Report of the Indian Hemp Drugs Commission, 1894-1895 - Volume V
Year: 1894
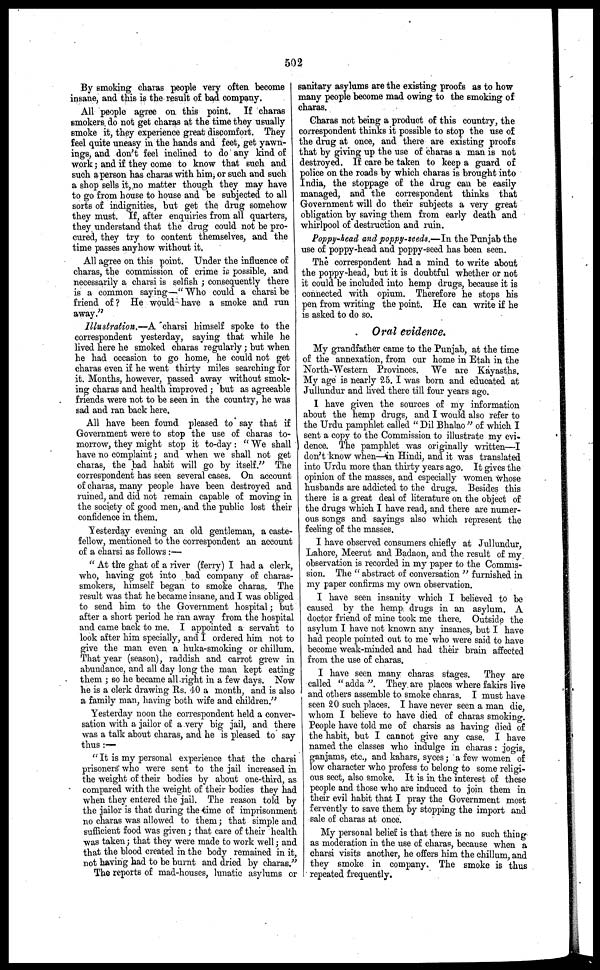
502
By smoking charas people very often become
insane, and this is the result of bad company.
All people agree on this point. If charas
smokers, do not get charas at the time they usually
smoke it, they experience great discomfort. They
feel quite uneasy in the hands and feet, get yawn-
ings, and don't feel inclined to do any kind of
work; and if they come to know that such and
such a person has charas with him, or such and such
a shop sells it, no matter though they may have
to go from house to house and be subjected to all
sorts of indignities, but get the drug somehow
they must. If, after enquiries from all quarters,
they understand that the drag could not be pro-
cured, they try to content themselves, and the
time passes anyhow without it.
All agree on this point. Under the influence of
charas, the commission of crime is possible, and
necessarily a charsi is selfish ; consequently there
is a common saying—"Who could a charsi be
friend of? He would have a smoke and run
away."
Illustration.—A charsi himself spoke to the
correspondent yesterday, saying that while he
lived here he smoked charas regularly; but when
he had occasion to go home, he could not get
charas even if he went thirty miles searching for
it. Months, however, passed away without smok-
ing charas and health improved ; but as agreeable
friends were not to be seen in the country, he was
sad and ran back here.
All have been found pleased to say that if
Government were to stop the use of charas to-
morrow, they might stop it to-day : " We shall
have no complaint; and when we shall not get
charas, the bad habit will go by itself." The
correspondent has seen several cases. On account
of charas, many people have been destroyed and
ruined, and did not remain capable of moving in
the society of good men, and the public lost their
confidence in them.
Yesterday evening an old gentleman, a caste-
fellow, mentioned to the correspondent an account
of a charsi as follows :—
" At the ghat of a river (ferry) I had a clerk,
who, having got into bad company of charas-
smokers, himself began to smoke charas. The
result was that he became insane, and I was obliged
to send him to the Government hospital; but
after a short period he ran away from the hospital
and came back to me. I appointed a servant to
look after him specially, and I ordered him not to
give the man even a huka-smoking or chillum.
That year (season), raddish and carrot grew in
abundance, and all day long the man kept eating
them ; so he became all-right in a few days. Now
he is a clerk drawing Rs. 40 a month, and is also
a family man, having both wife and children."
Yesterday noon the correspondent held a conver-
sation with a jailor of a very big jail, and there
was a talk about charas, and he is pleased to say
thus:—
" It is my personal experience that the charsi
prisoners who were sent to the jail increased in
the weight of their bodies by about one-third, as
compared with the weight of their bodies they had
when they entered the jail. The reason told by
the jailor is that during the time of imprisonment
no charas was allowed to them; that simple and
sufficient food was given ; that care of their health
was taken; that they were made to work well; and
that the blood created in the body remained in it,
not having had to be burnt and dried by charas."
The reports of mad-houses, lunatic asylums or
sanitary asylums are the existing proofs as to how
many people become mad owing to the smoking of
charas.
Charas not being a product of this country, the
correspondent thinks it possible to stop the use of
the drug at once, and there are existing proofs
that by giving up the use of charas a man is not
destroyed. If care be taken to keep a guard of
police on the roads by which charas is brought into
India, the stoppage of the drug can be easily
managed, and the correspondent thinks that
Government will do their subjects a very great
obligation by saving them from early death and
whirlpool of destruction and ruin.
Poppy-head and poppy-seeds.—In the Punjab the
use of poppy-head and poppy-seed has been seen.
The correspondent had a mind to write about
the poppy-head, but it is doubtful whether or not
it could be included into hemp drugs, because it is
connected with opium. Therefore he stops his
pen from writing the point. He can write if he
is asked to do so.
Oral evidence.
My grandfather came to the Punjab, at the time
of the annexation, from our home in Etah in the
North-Western Provinces. We are Kayasths.
My age is nearly 25. I was born and educated at
Jullundur and lived there till four years ago.
I have given the sources of my information
about the hemp drugs, and I would also refer to
the Urdu pamphlet called " Dil Bhalao " of which I
sent a copy to the Commission to illustrate my evi-
dence. The pamphlet was originally written—I
don't know when—in Hindi, and it was translated
into Urdu more than thirty years ago. It gives the
opinion of the masses, and especially women whose
husbands are addicted to the drugs. Besides this
there is a great deal of literature on the object of
the drugs which I have read, and there are numer-
ous songs and sayings also which represent the
feeling of the masses.
I have observed consumers chiefly at Jullundur,
Lahore, Meerut and Badaon, and the result of my
observation is recorded in my paper to the Commis-
sion. The " abstract of conversation " furnished in
my paper confirms my own observation.
I have seen insanity which I believed to be
caused by the hemp drugs in an asylum. A
doctor friend of mine took me there. Outside the
asylum I have not known any insanes, but I have
had people pointed out to me who were said to have
become weak-minded and had their brain affected
from the use of charas.
I have seen many charas stages. They are
called " adda ". They are places where fakirs live
and others assemble to smoke charas. I must have
seen 20 such places. I have never seen a man die
whom I believe to have died of charas smoking.
People have told me of charsis as having died of
the habit, but I cannot give any case. I have
named the classes who indulge in charas : jogis,
ganjams, etc., and kahars, syces; a few women of
low character who profess to belong to some religi-
ous sect, also smoke. It is in the interest of these
people and those who are induced to join them in
their evil habit that I pray the Government most
fervently to save them by stopping the import and
sale of charas at once.
My personal belief is that there is no such thing
as moderation in the use of charas, because when a
charsi visits another, he offers him the chillum, and
they smoke in company. The smoke is thus
repeated frequently.